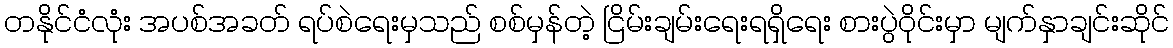
တနိုင်ငံလုံး အပစ်အခတ် ရပ်စဲရေးမှသည် စစ်မှန်တဲ့ ငြိမ်းချမ်းရေးရရှိရေး စားပွဲဝိုင်းမှာ မျက်နှာချင်းဆိုင်